Oru_vallavalitsus, lk 25
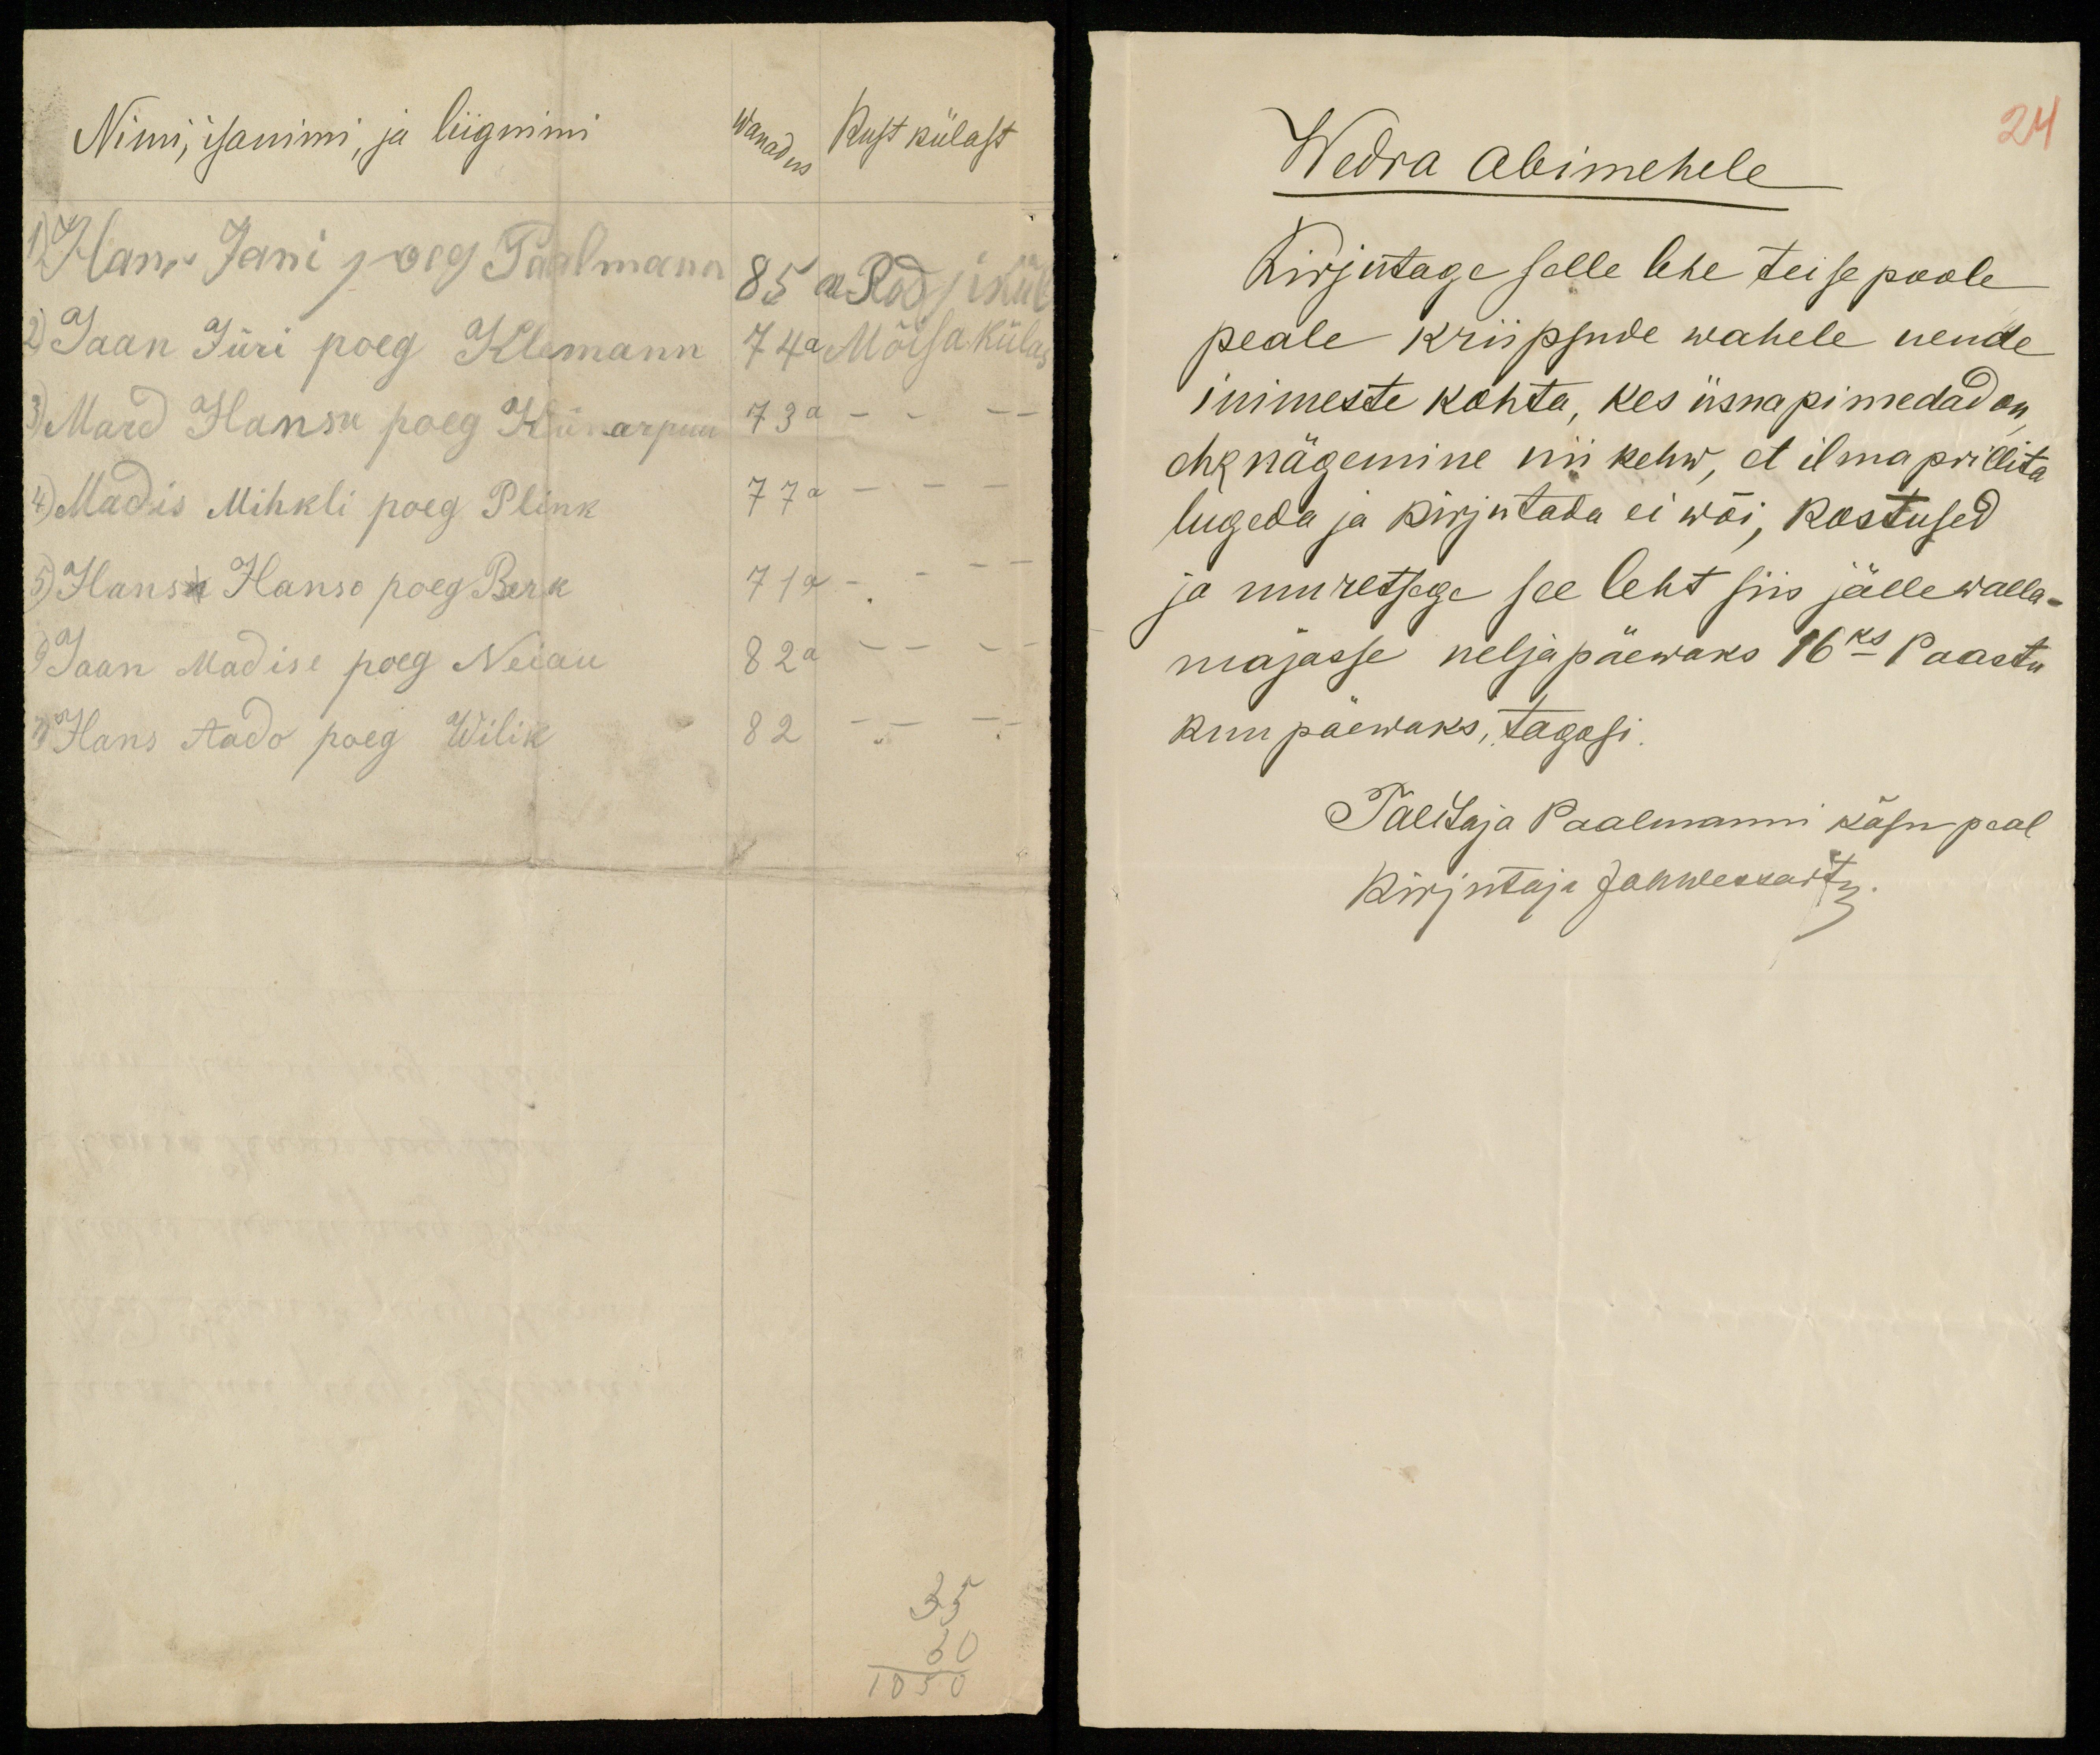
Nimi, isanimi, ja liignimi
Wanadus Kust külast
1) Hans Jani poeg Taalmann 85 a. Rodsikül
2) Jaan Jüri poeg Klemann 74 a Mõisa külas
3) Mard Hansu poeg Künarpuu 73 a - - -
4) Madis Mihkli poeg Plink 77 a - - -
5) Hansa Hanso poeg Berk 71 a - - - -
6) Jaan Madise poeg Neiau 82 a - - - -
7) Hans Aado poeg Wilik  82 - - - -

Wedra abimehele
Kirjutage selle lehe teise poole
peale kriipsude wahele nende
inimeste kohta, kes üsna pimedad on,
ehk nägemine nii kehw, et ilma prillita
lugeda ja kirjutada ei wõi, kostused
ja muretsega see leht siis jälle walla-
majasse neljapäewaks 16ks Paastu
kuu päewaks, tagasi.
Talitaja Paalmanni käsu peal
Kirjutaja Johwessart.